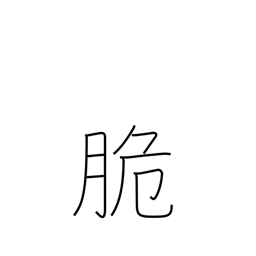
Meaning: easy to beat